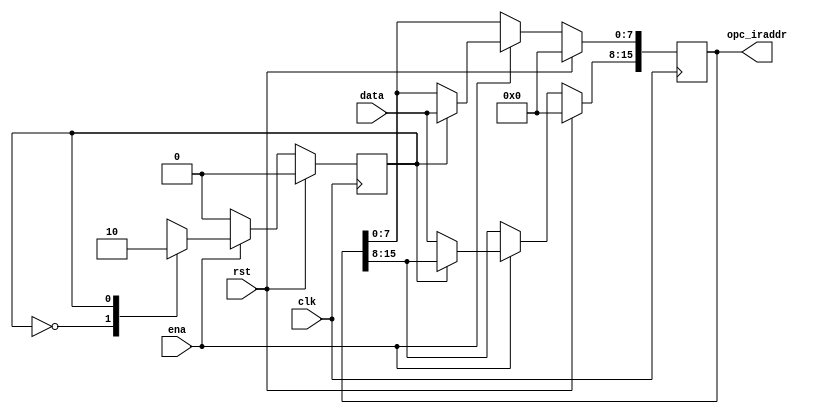
//
`timescale 1ns/1ns
module register(data,ena,clk,rst,opc_iraddr);
output [15:0] opc_iraddr;
input clk,rst,ena;
input [7:0]data;
reg [15:0] opc_iraddr;
reg state;
always@(posedge clk)
begin
    if (rst)
        begin
            opc_iraddr<=16'h0;
            state<=0;
        end
    else
        begin
        if(ena)
        begin
            casex(state)
            1'b0:begin
                opc_iraddr[15:8]<=data;
                state<=1;
                end
            1'b1:begin
                opc_iraddr[7:0]<=data;
                state<=0;
                end
            default:begin
                opc_iraddr[15:0]<=16'hx;
                state<=1'bx;
                end
            endcase
        end
        else
            state<=1'b0;
        end
end
endmodule